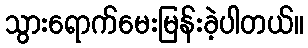
သွားရောက်မေးမြန်းခဲ့ပါတယ်။